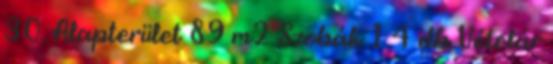
30. Alapterület 89 m2 Szobák 1 4 db Vételár